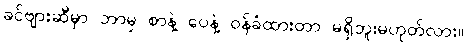
ခင်ဗျားဆီမှာ ဘာမှ စာနဲ့ ပေနဲ့ ဝန်ခံထားတာ မရှိဘူးမဟုတ်လား။